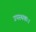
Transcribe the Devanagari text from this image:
उपस्थकः।